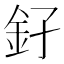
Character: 𨥂